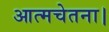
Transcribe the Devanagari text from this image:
आत्मचेतना।